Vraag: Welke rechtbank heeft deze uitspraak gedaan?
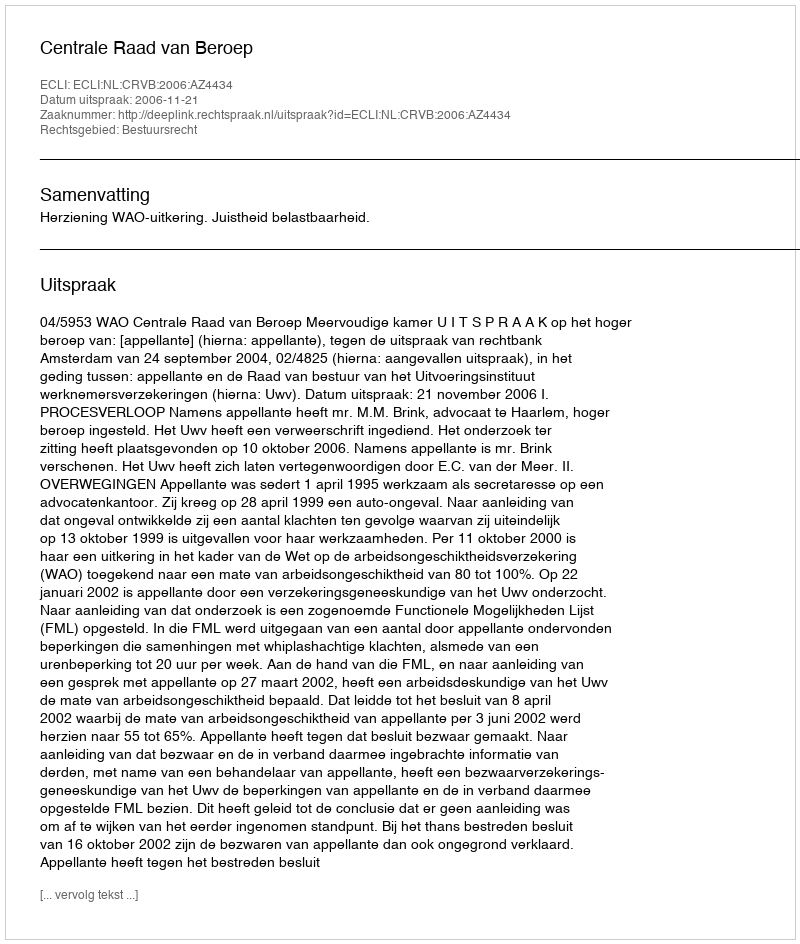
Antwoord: Centrale Raad van Beroep